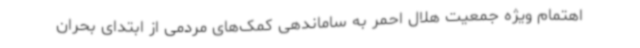
اهتمام ویژه جمعیت هلال احمر به ساماندهی کمک‌های مردمی از ابتدای بحران